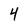
Character: 4